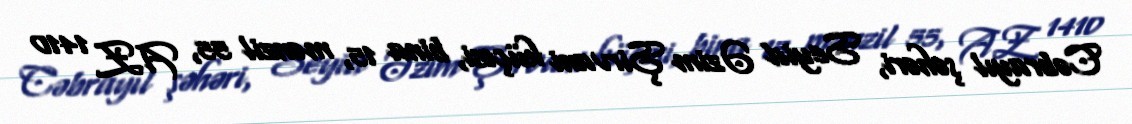
Cəbrayıl şəhəri, Seyid Əzim Şirvani küçəsi, bina 15, mənzil 55, AZ 1410